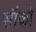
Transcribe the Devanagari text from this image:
सॉको